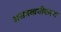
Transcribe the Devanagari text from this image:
असमवायीकरण